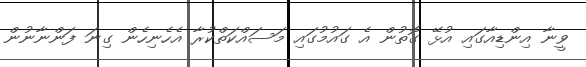
ވީނާ އިންޑިއާގައި އުޅޭ ގޮތުން އެ ގައުމުގައި މަސައްކަތްކުރާ އެހެނިހެން ގިނަ ފަންނާނުން